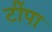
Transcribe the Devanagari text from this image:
टींपा